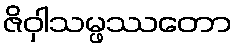
ဇိဝှါသမ္ဖဿတော